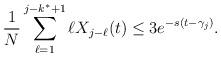
LaTeX: \begin{align*}\frac{1}{N} \sum_{\ell = 1}^{j - k^* + 1} \ell X_{j - \ell}(t) \leq 3 e^{-s(t - \gamma_j)}.\end{align*}